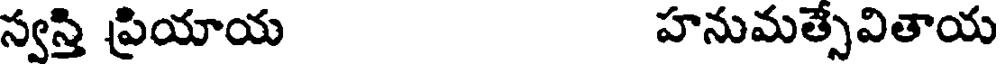
స్వస్తి ప్రియాయ హనుమత్సేవితాయ